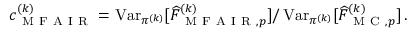
\begin{array} { r } { c _ { \mathrm { ~ M ~ F ~ A ~ I ~ R ~ } } ^ { ( k ) } = \operatorname { V a r } _ { \pi ^ { ( k ) } } [ \widehat { F } _ { \mathrm { ~ M ~ F ~ A ~ I ~ R ~ } , p } ^ { ( k ) } ] / \operatorname { V a r } _ { \pi ^ { ( k ) } } [ \widehat { F } _ { \mathrm { ~ M ~ C ~ } , p } ^ { ( k ) } ] \, . } \end{array}